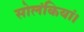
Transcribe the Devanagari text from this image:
सोलंकियां।